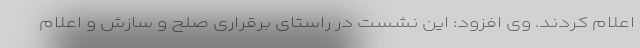
اعلام کردند. وی افزود: این نشست در راستای برقراری صلح و سازش و اعلام